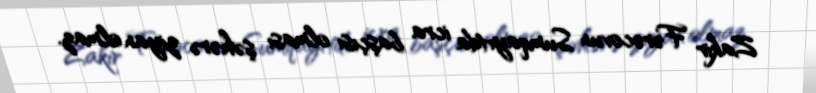
Zakir Fərəcovun Sumqayıtda icra başçısı olması şəhərə ziyan olmaz.